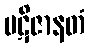
ပဋိဇာနတံ